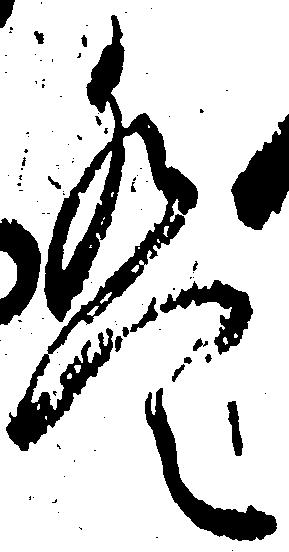
は